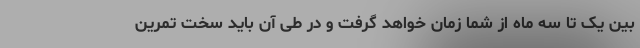
بین یک تا سه ماه از شما زمان خواهد گرفت و در طی آن باید سخت تمرین